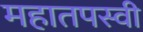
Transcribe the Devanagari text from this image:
महातपस्वी